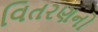
વિતરણનો